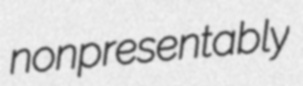
nonpresentably